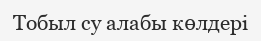
Тобыл су алабы көлдері